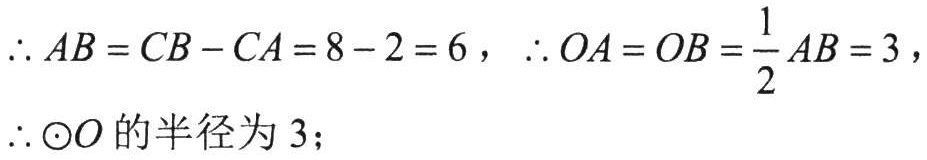
\(\therefore AB = CB - CA = 8 - 2 = 6\)，\(\therefore OA = OB=\frac{1}{2}AB = 3\)，
\(\therefore \odot O\)的半径为\(3\)；